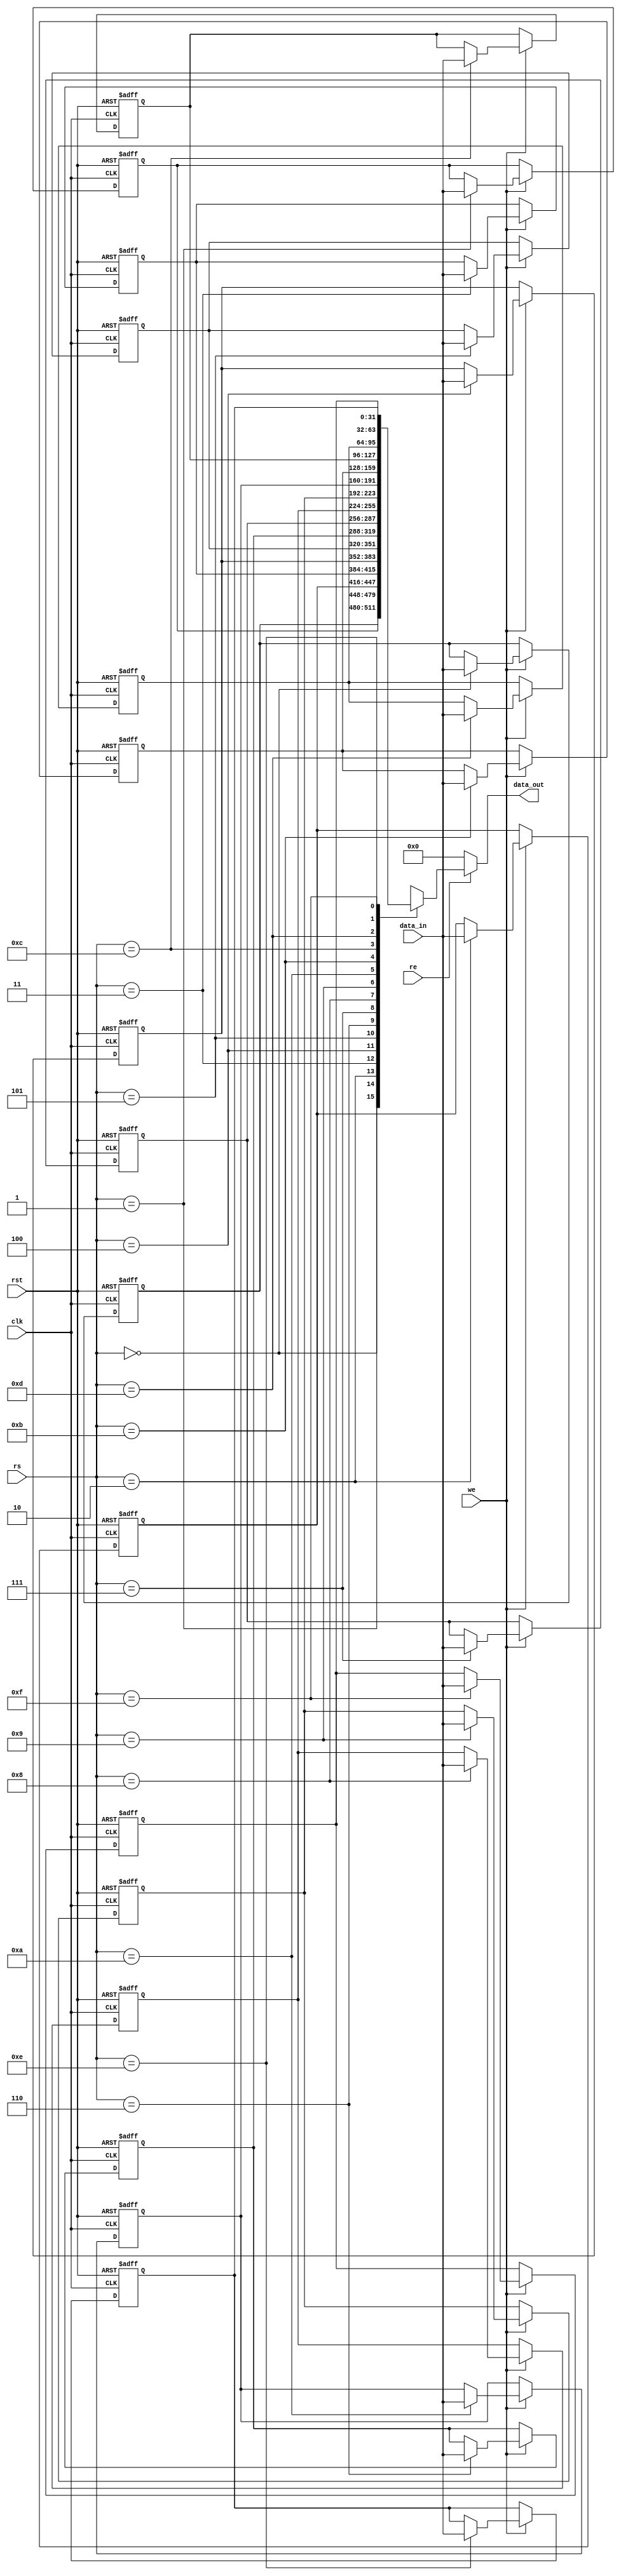
module RegisterFile #(
    parameter DATA_WIDTH = 32,  // Width of the registers (in bits)
    parameter NUM_REGISTERS = 16 // Number of registers
) (
    input wire clk,               // Clock signal
    input wire rst,               // Reset signal
    input wire we,                // Write Enable signal
    input wire re,                // Read Enable signal
    input wire [$clog2(NUM_REGISTERS)-1:0] rs, // Register Select
    input wire [DATA_WIDTH-1:0] data_in,        // Data input for write
    output reg [DATA_WIDTH-1:0] data_out        // Data output for read
);

    // Declare the register file as an array of registers
    reg [DATA_WIDTH-1:0] registers [0:NUM_REGISTERS-1];

    // Asynchronous reset logic
    integer i;
    always @(posedge clk or posedge rst) begin
        if (rst) begin
            // Initialize all registers to zero
            for (i = 0; i < NUM_REGISTERS; i = i + 1) begin
                registers[i] <= {DATA_WIDTH{1'b0}};
            end
        end else begin
            // Write operation
            if (we) begin
                registers[rs] <= data_in;
            end
        end
    end

    // Read operation
    always @(*) begin
        if (re) begin
            data_out = registers[rs];
        end else begin
            data_out = {DATA_WIDTH{1'b0}}; // Default output when not reading
        end
    end

endmodule